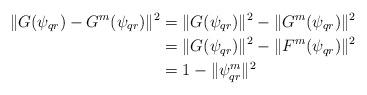
LaTeX: \begin{align*}\Vert G(\psi_{qr})-G^m(\psi_{qr})\Vert^2& =\Vert G(\psi_{qr})\Vert^2-\Vert G^m(\psi_{qr})\Vert^2\\& =\Vert G(\psi_{qr})\Vert^2-\Vert F^m(\psi_{qr})\Vert^2\\& =1-\Vert \psi_{qr}^m\Vert^2\end{align*}